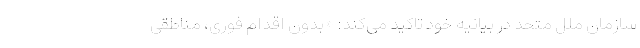
سازمان ملل متحد در بیانیه خود تاکید می‌کند: «بدون اقدام فوری، مناطقی